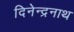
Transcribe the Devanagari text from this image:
दिनेन्द्रनाथ